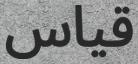
قیاس